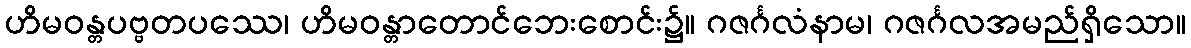
ဟိမဝန္တပဗ္ဗတပဿေ၊ ဟိမဝန္တာတောင်ဘေးစောင်း၌။ ဂဇင်္ဂလံနာမ၊ ဂဇင်္ဂလအမည်ရှိသော။